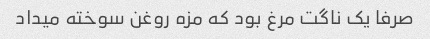
صرفا یک ناگت مرغ بود که مزه روغن سوخته میداد